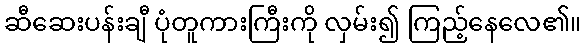
ဆီဆေးပန်းချီ ပုံတူကားကြီးကို လှမ်း၍ ကြည့်နေလေ၏။